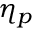
\eta _ { p }